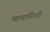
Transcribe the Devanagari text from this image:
मानानिशी